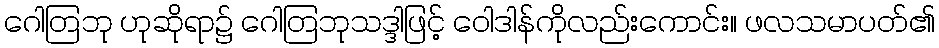
ဂေါတြဘု ဟုဆိုရာ၌ ဂေါတြဘုသဒ္ဒါဖြင့် ဝေါဒါန်ကိုလည်းကောင်း။ ဖလသမာပတ်၏